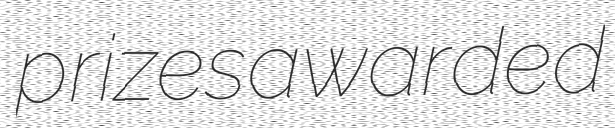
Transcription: prizes awarded